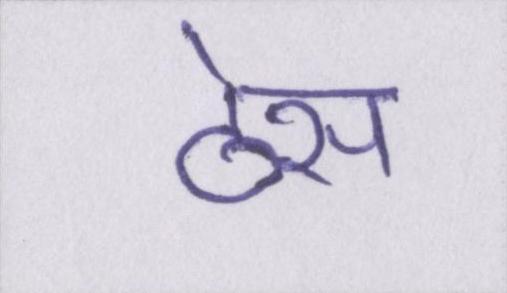
ठेस